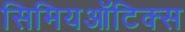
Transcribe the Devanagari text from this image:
सिमियऑटिक्स